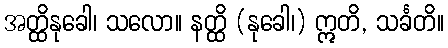
အတ္ထိနုခေါ၊ သလော။ နတ္ထိ (နုခေါ၊) ဣတိ, သင်္ခတိ။